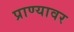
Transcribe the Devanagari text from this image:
प्राण्यावर